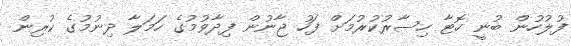
ފުލުހުން ބުނީ ހޮޓާ ހިސާރުކުރުމަށް ފަހު ޖާނުން ފިދާވުމުގެ ހަަމަލާ ދިނުމުގެ ކުރިން